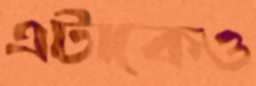
এটাকেও